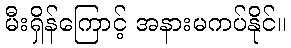
မီးရှိန်ကြောင့် အနားမကပ်နိုင်။